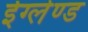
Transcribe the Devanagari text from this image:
ईग्‍लेण्‍ड